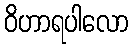
ဝိဟာရပါလော